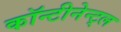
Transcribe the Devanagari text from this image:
कॉन्टीनेन्ट्ल